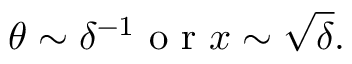
\theta \sim \delta ^ { - 1 } \mathrm { ~ o ~ r ~ } x \sim \sqrt { \delta } .